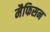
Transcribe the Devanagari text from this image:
मैफिसन